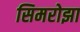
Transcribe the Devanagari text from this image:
सिमरोझा